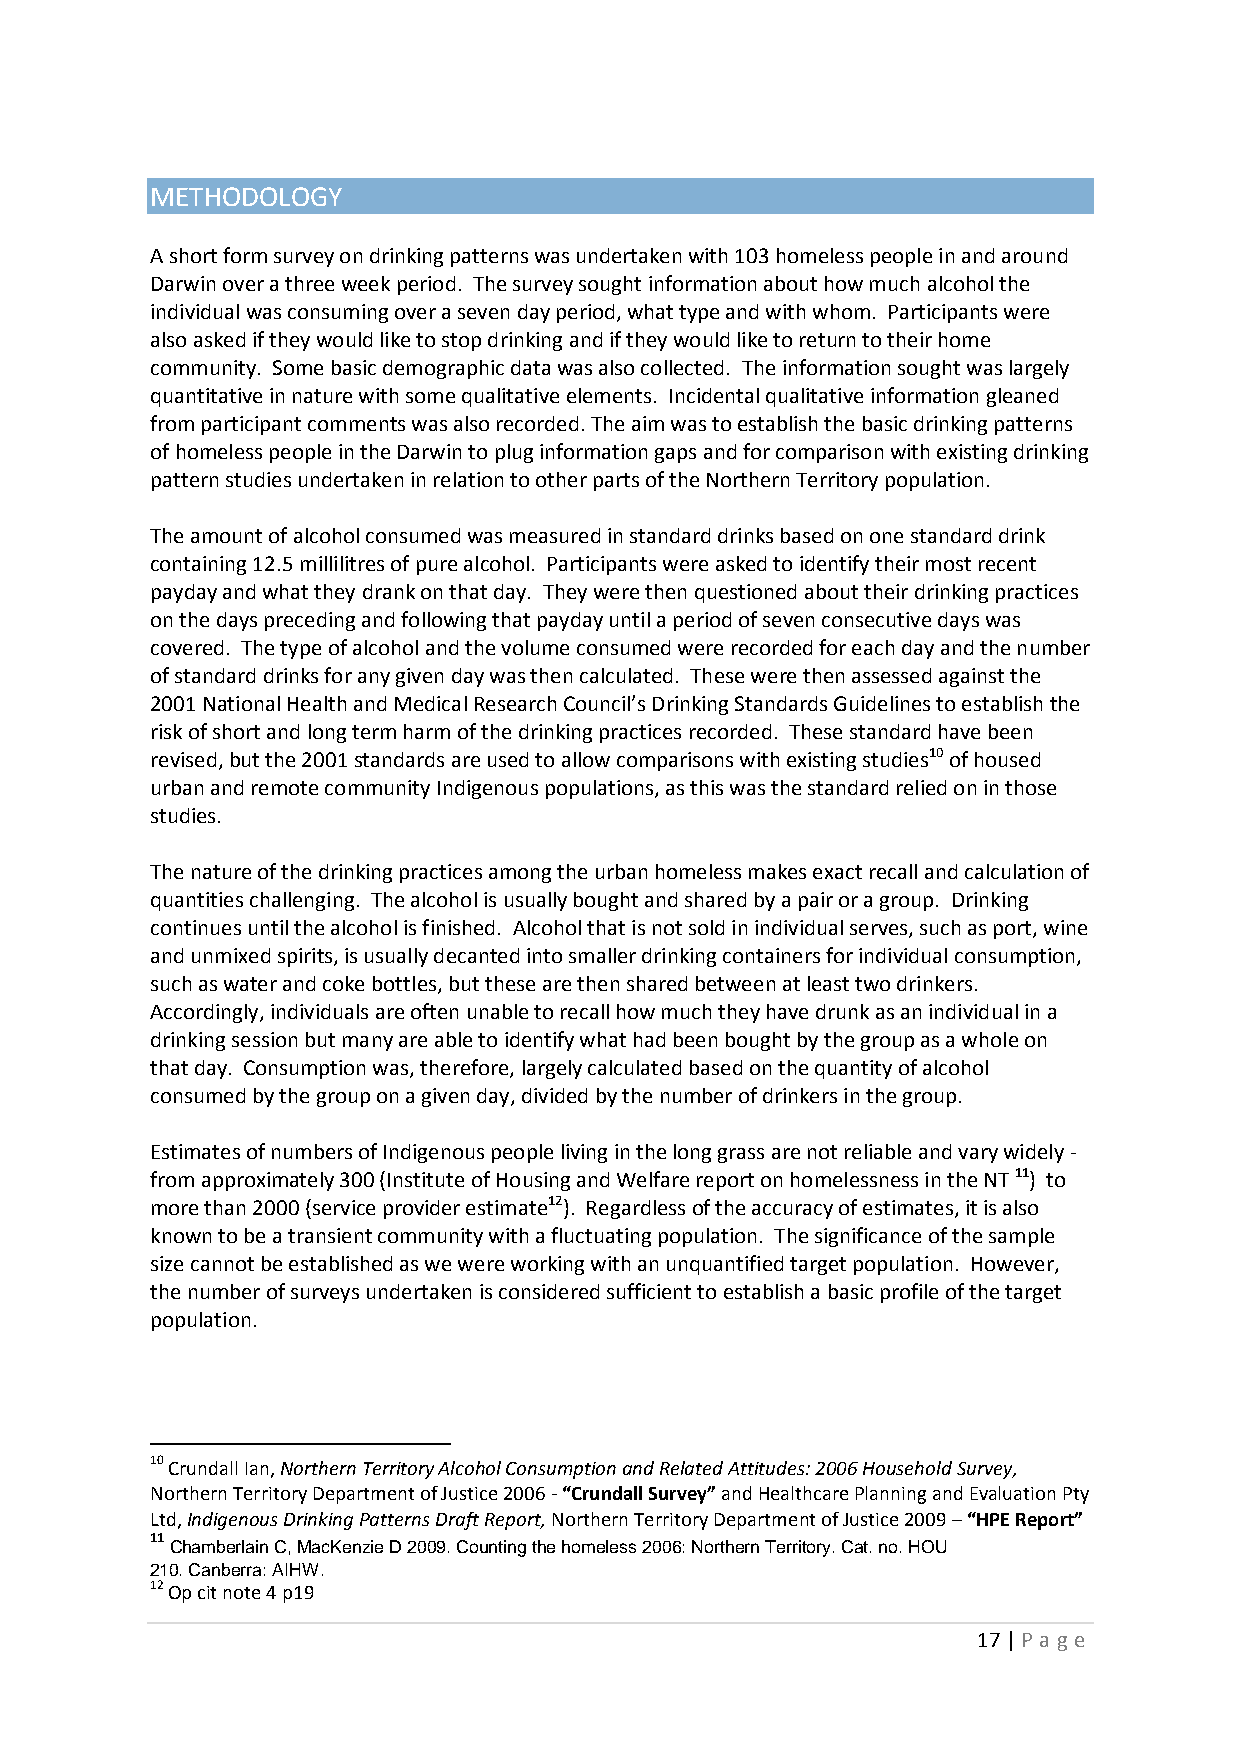
METHODOLOGY
 A short form survey on drinking patterns was undertaken with 103 homeless people in and around
 Darwin over a three week period. The survey sought information about how much alcohol the
 individual was consuming over a seven day period, what type and with whom. Participants were
 also asked if they would like to stop drinking and if they would like to return to their home
 community. Some basic demographic data was also collected. The information sought was largely
 quantitative in nature with some qualitative elements. Incidental qualitative information gleaned
 from participant comments was also recorded. The aim was to establish the basic drinking patterns
 of homeless people in the Darwin to plug information gaps and for comparison with existing drinking
 pattern studies undertaken in relation to other parts of the Northern Territory population.
 The amount of alcohol consumed was measured in standard drinks based on one standard drink
 containing 12.5 millilitres of pure alcohol. Participants were asked to identify their most recent
 payday and what they drank on that day. They were then questioned about their drinking practices
 on the days preceding and following that payday until a period of seven consecutive days was
 covered. The type of alcohol and the volume consumed were recorded for each day and the number
 of standard drinks for any given day was then calculated. These were then assessed against the
 2001 National Health and Medical Research Council’s Drinking Standards Guidelines to establish the
 risk of short and long term harm of the drinking practices recorded. These standard have been
 revised, but the 2001 standards are used to allow comparisons with existing studies10 of housed
 urban and remote community Indigenous populations, as this was the standard relied on in those
 studies.
 The nature of the drinking practices among the urban homeless makes exact recall and calculation of
 quantities challenging. The alcohol is usually bought and shared by a pair or a group. Drinking
 continues until the alcohol is finished. Alcohol that is not sold in individual serves, such as port, wine
 and unmixed spirits, is usually decanted into smaller drinking containers for individual consumption,
 such as water and coke bottles, but these are then shared between at least two drinkers.
 Accordingly, individuals are often unable to recall how much they have drunk as an individual in a
 drinking session but many are able to identify what had been bought by the group as a whole on
 that day. Consumption was, therefore, largely calculated based on the quantity of alcohol
 consumed by the group on a given day, divided by the number of drinkers in the group.
 Estimates of numbers of Indigenous people living in the long grass are not reliable and vary widely -
 from approximately 300 (Institute of Housing and Welfare report on homelessness in the NT 11) to
 more than 2000 (service provider estimate12). Regardless of the accuracy of estimates, it is also
 known to be a transient community with a fluctuating population. The significance of the sample
 size cannot be established as we were working with an unquantified target population. However,
 the number of surveys undertaken is considered sufficient to establish a basic profile of the target
 population.
 10 Crundall Ian, Northern Territory Alcohol Consumption and Related Attitudes: 2006 Household Survey,
 Northern Territory Department of Justice 2006 - “Crundall Survey” and Healthcare Planning and Evaluation Pty
 Ltd, Indigenous Drinking Patterns Draft Report, Northern Territory Department of Justice 2009 – “HPE Report”
 11
 Chamberlain C, MacKenzie D 2009. Counting the homeless 2006: Northern Territory. Cat. no. HOU
 210. Canberra: AIHW.
 12 Op cit note 4 p19
 17 | P age